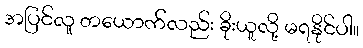
အပြင်လူ တယောက်လည်း ခိုးယူလို့ မရနိုင်ပါ။